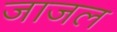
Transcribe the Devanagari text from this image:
जाजल